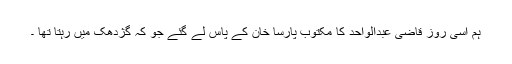
ہم اُسی روز قاضی عبدالواحد کا مکتوب پارسا خان کے پاس لے گئے جو کہ گژدھک میں رہتا تھا ۔